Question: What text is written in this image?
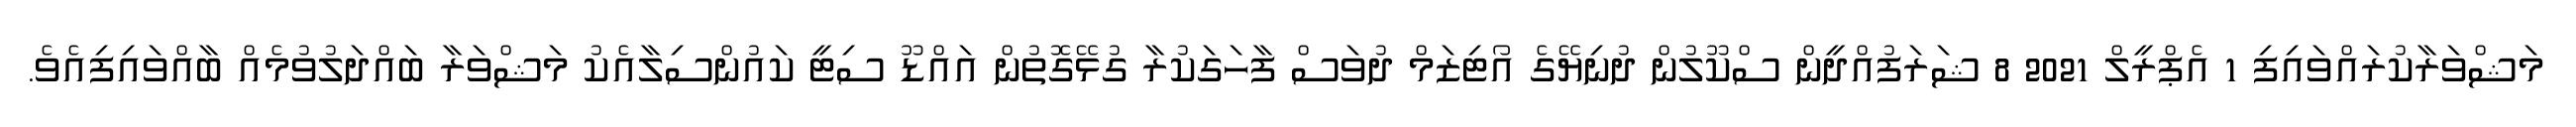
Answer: މަޝްވަރާކުރައްވައިފި 1 އެޕްރީލް 2021 8 ޝަރަފުއްދީން ސްކޫލުން ދުނިޔޭގެ އޯޓިޒަމް ދުވަސް ފާހަގަކުރާ ގުޅޭގޮތުން އައްޑޫ ސިޓީ ކައުންސިލާއެކު މަޝްވަރާ ބައްދަލުވުމެއް ބާއްވައިފިއެވެ.